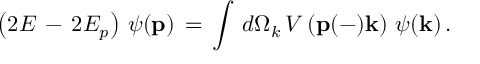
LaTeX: \left( 2 E \, - \, 2 E _ { p } \right) \, \psi ( { \bf p } ) \, = \, \int \, d \Omega _ { k } \, V \left( { \bf p } ( - ) { \bf k } \right) \, \psi ( { \bf k } ) \, .